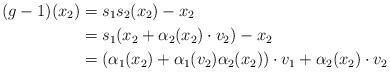
LaTeX: \begin{align*}(g-1)(x_2) &= s_1s_2(x_2)-x_2\\&= s_1(x_2 + \alpha_{2}(x_2) \cdot v_2) - x_2\\&= (\alpha_1(x_2)+\alpha_1(v_2)\alpha_2(x_2)) \cdot v_1 + \alpha_2(x_2) \cdot v_2\end{align*}